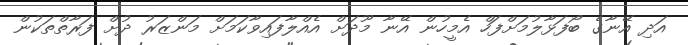
އަދި އޭނާގެ ބޯފަޅާލުމަށްފަހް އެމީހުން އޭނާ މޫދަށް އެއްލާފައިވާކަމަށް މަންޒަރު ދުށް ފަރާތްތަކުން